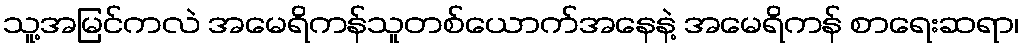
သူ့အမြင်ကလဲ အမေရိကန်သူတစ်ယောက်အနေနဲ့ အမေရိကန် စာရေးဆရာ၊